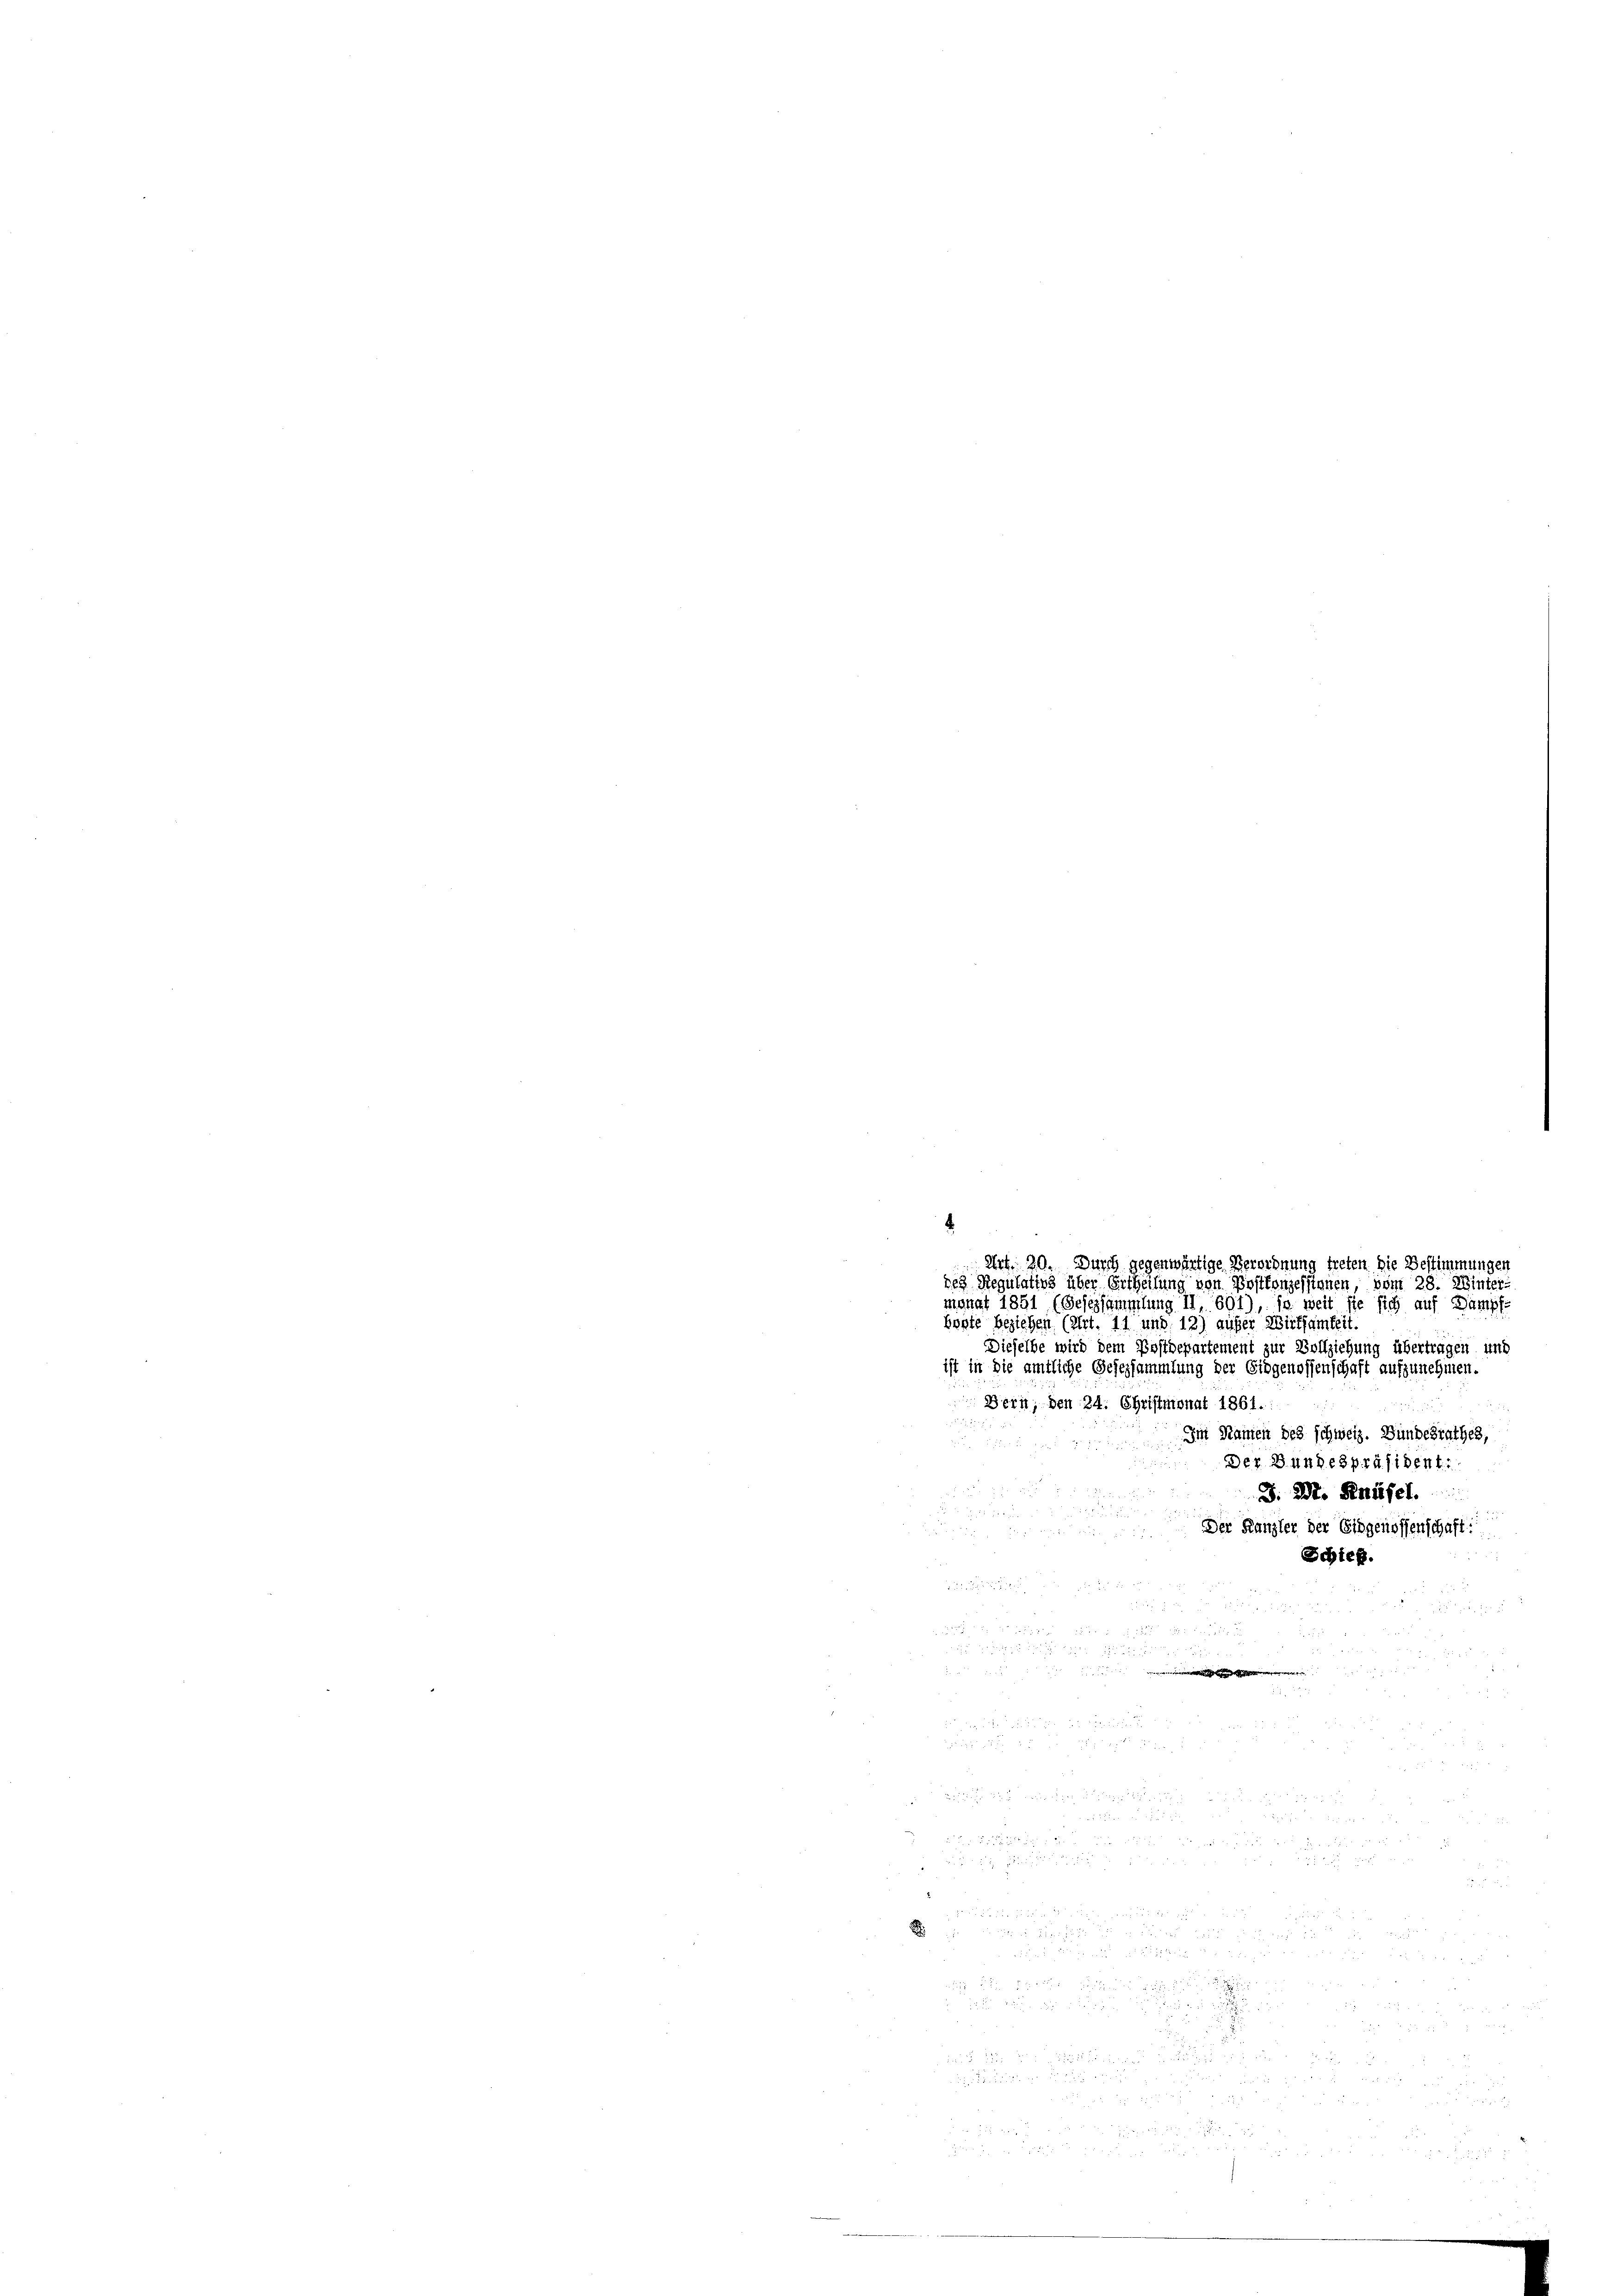
52

hepte beziehen (Art. 11 und 12) außer Wirksamkeit.
Dieselbe wird dem Postdepartement zur Vollziehung übertragen und
ist in die amtliche Gesezsammlung der Eidgenossenschaft aufzunehmen.
Bern, den 24. Christmonat 1861.
Im Namen des schweiz. Bundesrathes,
Der Bundespräsident:
J. M. Knüsel.

Der Kanzler der Eidgenossenschaft:

Schieg.

5 x

i

.

Art. 20. Durch gegenwärtige Verordnung treten die Bestimmungen
ves Regulatios über Ertheilung von Postlonzessionen vom 28. Winter
mgnat 1851 (Besessammlung II 601), so weit sie sich auf Dampfe

d
e

.
5